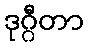
ဒုဂ္ဂီတာ